Vaccination in the Punjab 1897-1904 - 1897-1904
Year: 1897
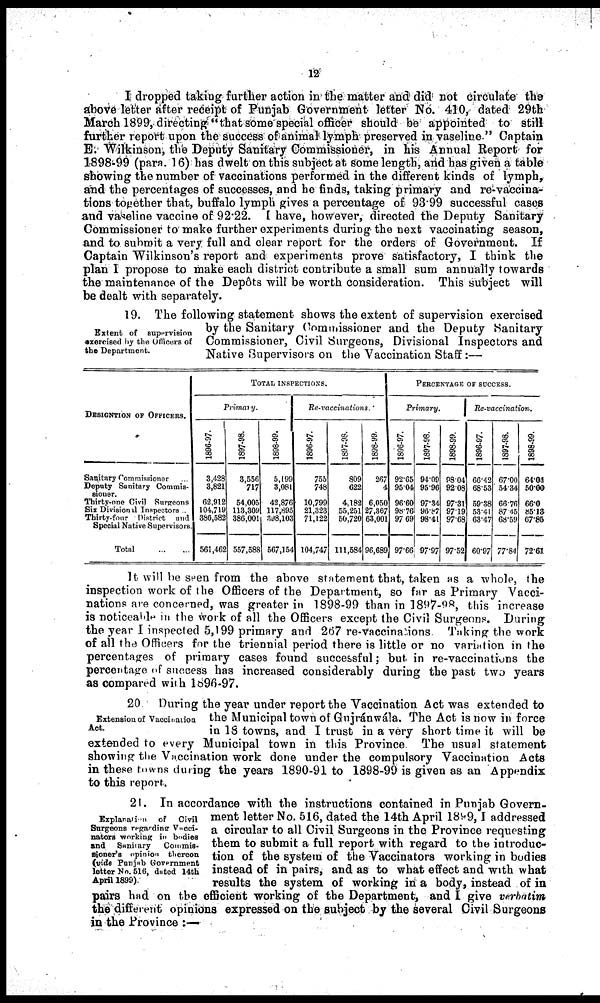
12
I dropped taking further action in the matter and did not circulate the
above letter after receipt of Punjab Government letter No. 410, dated 29th
March 1899, directing: "that some special officer should be appointed to still
further report upon the success of animal lymph preserved in vaseline " Captain
E. Wilkinson, the Deputy Sanitary Commissioner, in his Annual Report for
1898-99 (para. 16) has dwelt on this subject at some length, and has given a table
showing the number of vaccinations performed in the different kinds of lymph,
and the percentages of successes, and he finds, taking primary and re-vaccina-
tions together that, buffalo lymph gives a percentage of 93.99 successful cases
and vaseline vaccine of 92.22. I have, however, directed the Deputy Sanitary
Commissioner to make further experiments during the next vaccinating season,
and to submit a very full and clear report for the orders of Government. If
Captain Wilkinson's report and experiments prove satisfactory, I think the
plan I propose to make each district contribute a small sum annually towards
the maintenance of the Depôts will be worth consideration. This subject will
be dealt with separately.
Extent of supervision
exercised by the Officers of
the Department.
19. The following statement shows the extent of supervision exercised
by the Sanitary Commissioner and the Deputy Sanitary
Commissioner, Civil Surgeons, Divisional Inspectors and
Native Supervisors on the Vaccination Staff :—
DESIGNTION OF OFFICERS.
Sanitary Commissioner ...
Deputy Sanitary Commis¬
sioner ...
Thirty one Civil Surgeons ...
Sub Divisional Inspectors ...
Thirty One District and
Special Native Supervisors ...
Total ...
TOTAL INDUCTIONS.
PRIMARY
1896-97
3,423
3,821
62,912
104,718
386,382
561,462
1897-98
3,556
717
54,005
113,309
386,001
557,588
1898-99.
6,199
3,061
42,876
117,595
408,103
567,154
Re-vaccinations
1896-97
755
748
10,790
21,323
71,122
104,747
1897-98
309
622
4,183
55,251
60,720
111,584
1898-99
267
4
6,050
27,357
63,001
96,689
PERCENTAGE OF SUCCESS.
Primary.
1896-97
92.63
95.04
96.60
98.76
97.69
97.66
1897-98
94.09
95.96
97.34
96.87
98.41
97.97
1898-99
88.04
92.08
97.31
97.19
97.68
97.52
Re-vaccination.
1896-97.
66.42
68.53
59.48
53.41
68.47
60.97
1897-98.
67.00
54.34
66.76
87.45
68.59
77.84
1898-99
64.01
50.00
66.0
85.13
67.86
72.61
It will be seen from the above statement that, taken as a whole, the
inspection work of the Officers of the Department, so far as Primary Vacci-
nations are concerned, was greater in 1898-99 than in 1897-98, this increase
is noticeable in the work of all the Officers except the Civil Surgeons. During
the year I inspected 5,199 primary and 267 re-vaccinations Taking the work
of all the Officers for the triennial period there is little or no variation in the
percentages of primary cases found successful; but in re-vaccinations the
percentage of success has increased considerably during the past two years
as compared with 1896-97.
Extension of Vaccination
Act.
20 During the year under report the Vaccination Act was extended to
the Municipal town of Gujránwála. The Act is now in force
in 18 towns, and I trust in a very short time it will be
extended to every Municipal town in this Province The usual statement
showing the Vaccination work done under the compulsory Vaccination Acts
in these towns during the years 1890-91 to 1898-99 is given as an Appendix
to this report.
Explanation
of
Civil
Surgeons regarding Vacci¬
nators working in bodies
and
Sanitary
Commis¬
sioner's opinion
thereon
(vide Punjab Government
letter No. 516, dated 14th
April 1899)
21. In accordance with the instructions contained in Punjab Govern-
ment letter No. 516, dated the 14th April 1899, I addressed
a circular to all Civil Surgeons in the Province requesting
them to submit a full report with regard to the introduc-
tion of the system of the Vaccinators working in bodies
instead of in pairs, and as to what effect and with what
results the system of working in a body, instead of in
pairs had on the efficient working of the Department, and I give verhatim
the different opinions expressed on the subject by the several Civil Surgeons
in the Province :—